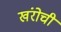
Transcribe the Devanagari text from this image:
खंरोची